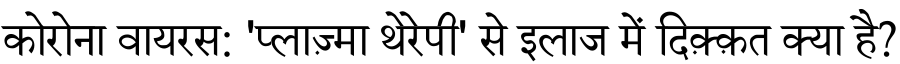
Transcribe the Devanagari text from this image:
कोरोना वायरस: 'प्लाज़्मा थेरेपी' से इलाज में दिक़्क़त क्या है?